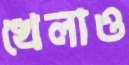
খেলাও